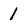
Character: 1